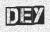
DEY